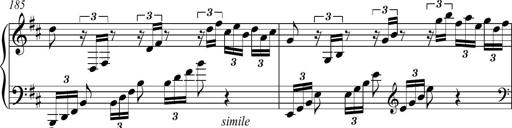
Title: Piano Sonatina in A major
Composer: Z Q Sysmoebius
Key: A major